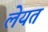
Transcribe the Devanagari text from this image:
लेयत